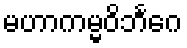
မဟာကမ္မဝိဘင်္ဂေ